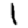
Digit: 1